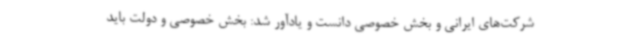
شرکت‌های ایرانی و بخش خصوصی دانست و یادآور شد: بخش خصوصی و دولت باید